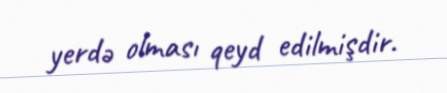
yerdə olması qeyd edilmişdir.